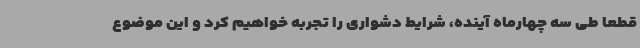
قطعا طی سه چهارماه آینده، شرایط دشواری را تجربه خواهیم کرد و این موضوع